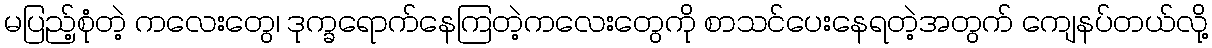
မပြည့်စုံတဲ့ ကလေးတွေ၊ ဒုက္ခရောက်နေကြတဲ့ကလေးတွေကို စာသင်ပေးနေရတဲ့အတွက် ကျေနပ်တယ်လို့